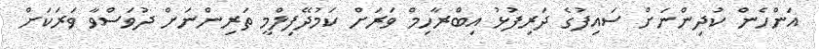
އަންހެން ކުދިންނަށް ސައިފުގެ ދަރިފުޅު އިބްރާހިމް ވަރަށް ކަމުދޭފިލްމީ ތަރިންނަށް ދުވަސްވާ ވަރަކަށް